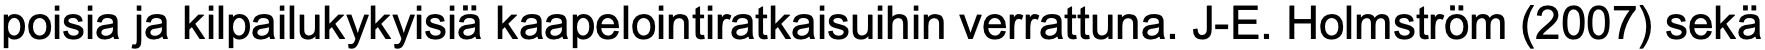
poisia ja kilpailukykyisiä kaapelointiratkaisuihin verrattuna. J-E. Holmström (2007) sekä